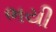
ભયી